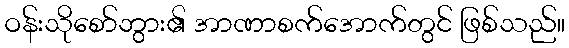
ဝန်းသိုစော်ဘွား၏ အာဏာစက်အောက်တွင် ဖြစ်သည်။